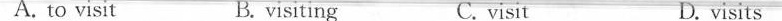
A. to visit B. visiting C.isit D.isits